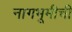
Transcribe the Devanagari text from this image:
नागभूमीची